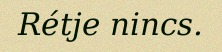
Rétje nincs.